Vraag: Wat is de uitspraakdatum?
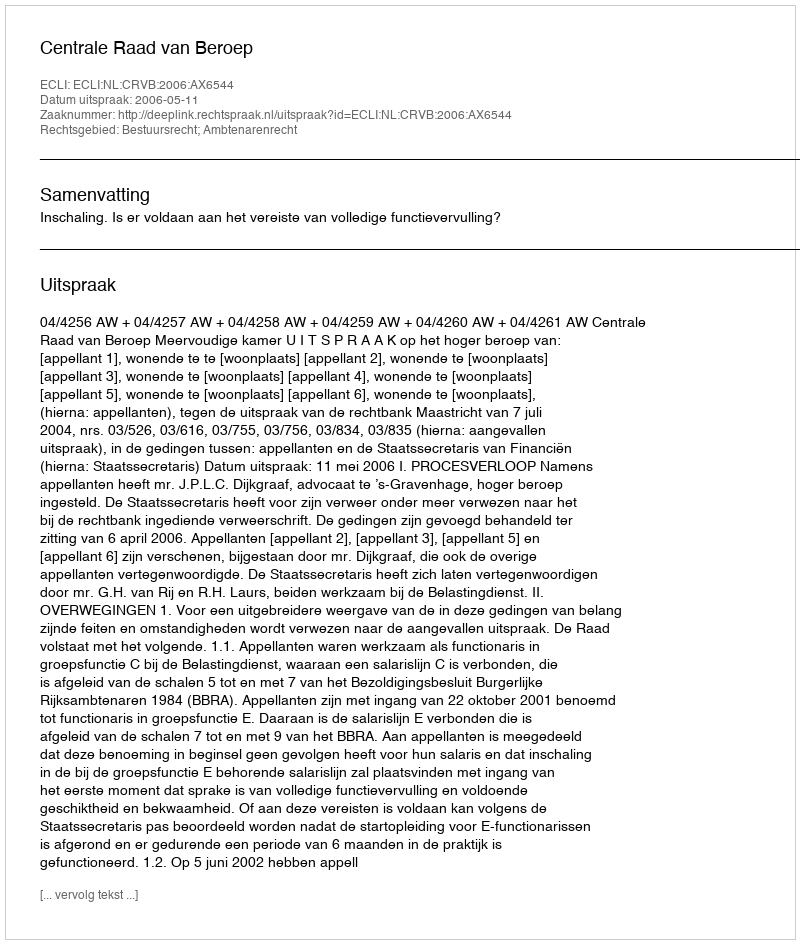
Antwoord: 2006-05-11